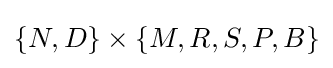
\{N,D\}\times \{M,R,S,P,B\}